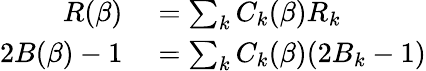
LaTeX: \begin{array}{rl}{R(\beta)}&{{}=\sum_{k}C_{k}(\beta)R_{k}}\\ {2B(\beta)-1}&{{}=\sum_{k}C_{k}(\beta)(2B_{k}-1)}\end{array}